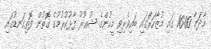
މާދަމާ 16:00 ގައި މުޒާހަރާަގައި ބައިވެރިވި މީހުންގެ ޝުޢޫރު ފާޅުކުރުމުގެ ގޮތުން ފޮތިގަނޑުގައި